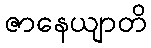
ဇာနေယျာတိ